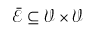
\mathcal { \bar { E } } \subseteq \mathcal { V } \times \mathcal { V }